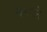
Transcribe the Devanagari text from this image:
धवलें